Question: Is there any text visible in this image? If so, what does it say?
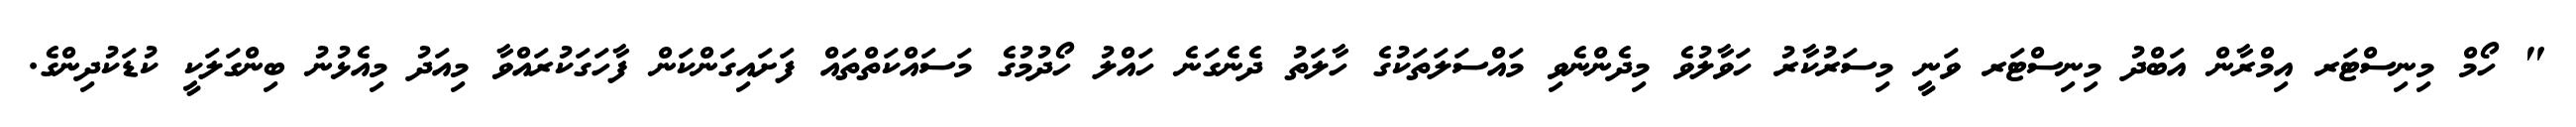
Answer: " ހޯމް މިނިސްޓަރ އިމްރާން އަބްދު މިނިސްޓަރ ވަނީ މިސަރުކާރު ހަވާލުވެ މިދެންނެވި މައްސަލަތަކުގެ ހާލަތު ދެނެގަނެ ހައްލު ހޯދުމުގެ މަސައްކަތްތައް ފަށައިގަންކަން ފާހަގަކުރައްވާ މިއަދު މިއެޅުނު ބިންގަލަކީ ކުޑަކުދިންގެ.